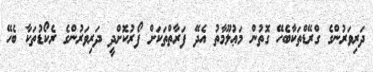
ދަރިވަރުންގެ ގްރޭޑްތަކާބެހޭ ގޮތުން މަޢުލޫމާތު އެދޭ ފަރާތްތަކަށް ފޯރުކޮށްދީ ދަރިވަރުންގެ ރެކޯޑުތަކާ ބެހޭ